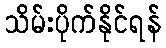
သိမ်းပိုက်နိုင်ရန်